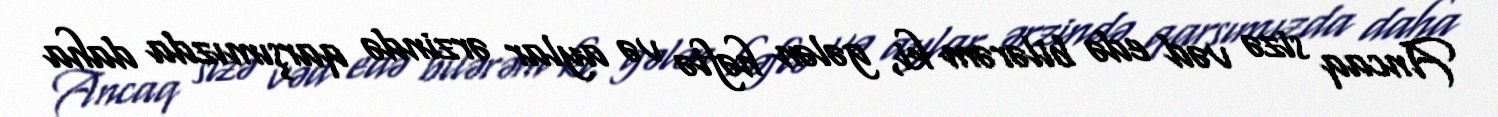
Ancaq sizə vəd edə bilərəm ki, gələn həftə və aylar ərzində qarşımızda daha